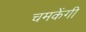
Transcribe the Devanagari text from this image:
चमकेंगी